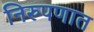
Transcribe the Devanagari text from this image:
निरुपणात